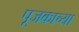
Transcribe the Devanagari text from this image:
पूजकाच्या